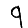
Digit: 9